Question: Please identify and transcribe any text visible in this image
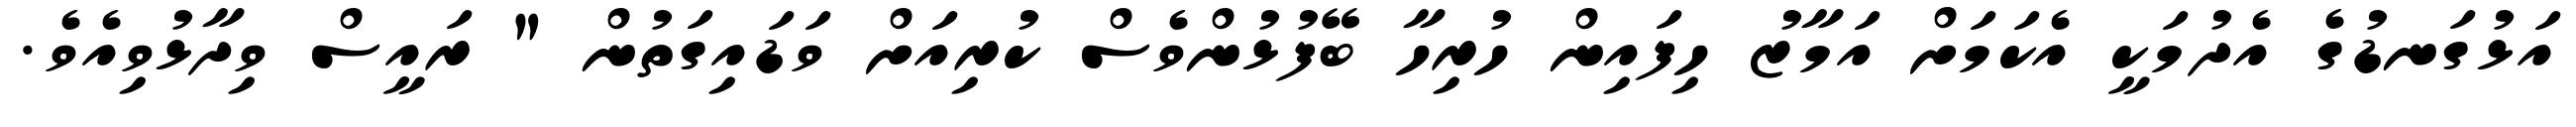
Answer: އަޅުގަނޑުގެ އެދުމަކީ އެކަމަށް އަމާޒު ހިފައިން ހުރިހާ ބޭފުޅުންވެސް ކުރިއަށް ވަޑައިގަތުން " ރައީސް ވިދާޅުވިއެވެ.